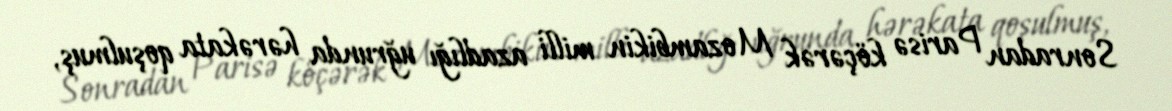
Sonradan Parisə köçərək Mozambikin milli azadlığı uğrunda hərəkata qoşulmuş,